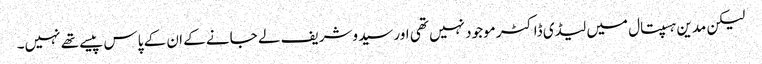
لیکن مدین ہسپتال میں لیڈی ڈاکٹر موجود نہیں تھی اور سیدوشریف لے جانے کے ان کے پاس پیسے تھے نہیں۔